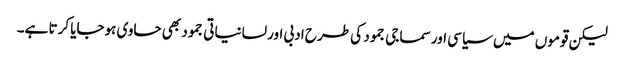
لیکن قوموں میں سیاسی اور سماجی جمود کی طرح ادبی اور لسانیاتی جمود بھی حاوی ہوجایا کرتا ہے۔